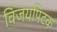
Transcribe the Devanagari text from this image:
विजयपिटक